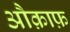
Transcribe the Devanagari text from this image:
औक़ाफ़